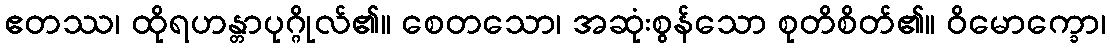
ဧတဿ၊ ထိုရဟန္တာပုဂ္ဂိုလ်၏။ စေတသော၊ အဆုံးစွန်သော စုတိစိတ်၏။ ဝိမောက္ခော၊